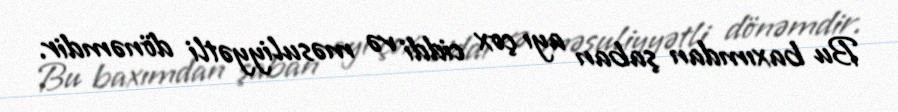
Bu baxımdan şaban ayı çox ciddi və məsuliyyətli dönəmdir.